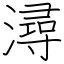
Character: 潯